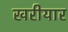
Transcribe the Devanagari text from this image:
खरीयार